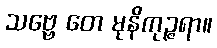
သဗ္ဗေ တေ မုနိကုဉ္ဇရာ။